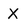
Character: X